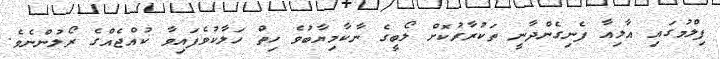
ފިލްމުގައި އާލިއާ ފެނިގެންދާނީ ތަކުރާރުކޮށް ލޯބީގެ ނާކާމިޔާބުވެ ހިތް ހަލާކުވެފައިވާ ކުއްޖެއްގެ ރޯލުންނެވެ.